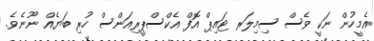
އެމީހުން ނަކީ ވެސް ސިމިލަރ ޓައިޕް އޮފް އެކްސްޕީރިއަންސް ހުރި ބަޔެއް ނޫނެވެ.